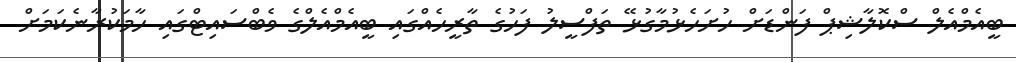
ބީއެމްއެލް ސްކޮލާޝިޕް ފަންޑަށް ހުށަހެޅުމާގުޅޭ ތަފްސީލު ފަހުގެ ތާރީހެއްގައި ބީއެމްއެލްގެ ވެބްސައިޓްގައި ހާމަކުރާނެކަަމަށް